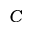
C